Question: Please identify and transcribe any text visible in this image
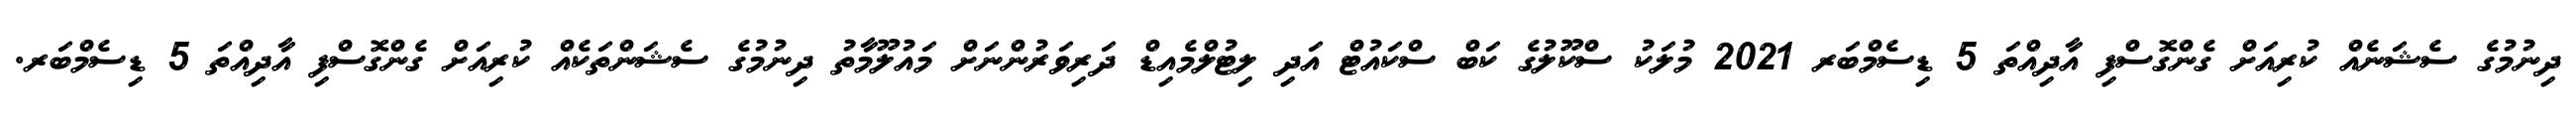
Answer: ދިނުމުގެ ސެޝަނެއް ކުރިއަށް ގެންގޮސްފި އާދިއްތަ 5 ޑިސެމްބަރ 2021 މުލަކު ސްކޫލުގެ ކަބް ސްކައުޓް އަދި ލިޓުލްމެއިޑް ދަރިވަރުންނަށް މައުލޫމާތު ދިނުމުގެ ސެޝަންތަކެއް ކުރިއަށް ގެންގޮސްފި އާދިއްތަ 5 ޑިސެމްބަރ.